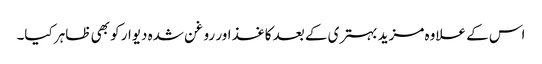
اس کے علاوہ مزید بہتری کے بعد کاغذ اور روغن شدہ دیوار کو بھی ظاہر کیا۔